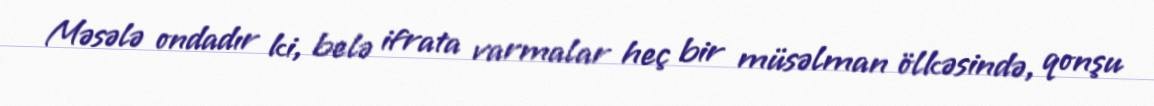
Məsələ ondadır ki, belə ifrata varmalar heç bir müsəlman ölkəsində, qonşu